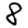
Digit: 8